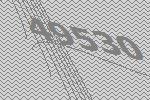
49530